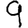
Digit: 9